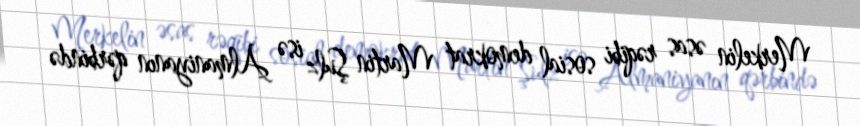
Merkelin əsas rəqibi sosial demokrat Martin Şulz isə Almaniyanın qərbində